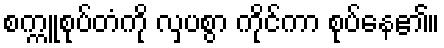
စက္ကူစုပ်တံကို လှပစွာ ကိုင်ကာ စုပ်နေ၏။